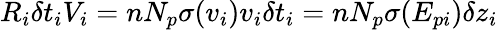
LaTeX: R_{i}\delta t_{i}V_{i}=nN_{p}\sigma({v_{i}})v_{i}\delta t_{i}=nN_{p}\sigma(E_{pi})\delta z_{i}